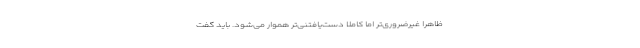
ظاهراً غیرضروری‌تر اما کاملاً دست‌یافتنی‌تر هموار می‌شود. باید گفت